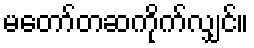
မတော်တဆကိုက်လျှင်။